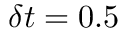
\delta t = 0 . 5